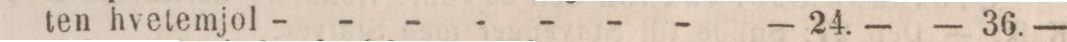
ten hvetemjol - - - - - - -    — 24. —    — 36. —